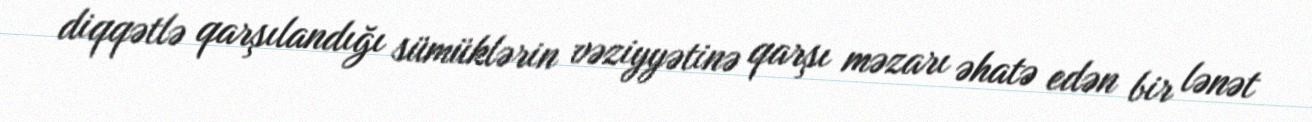
diqqətlə qarşılandığı sümüklərin vəziyyətinə qarşı məzarı əhatə edən bir lənət